Investigations on Bengal jail dietaries - Number 37
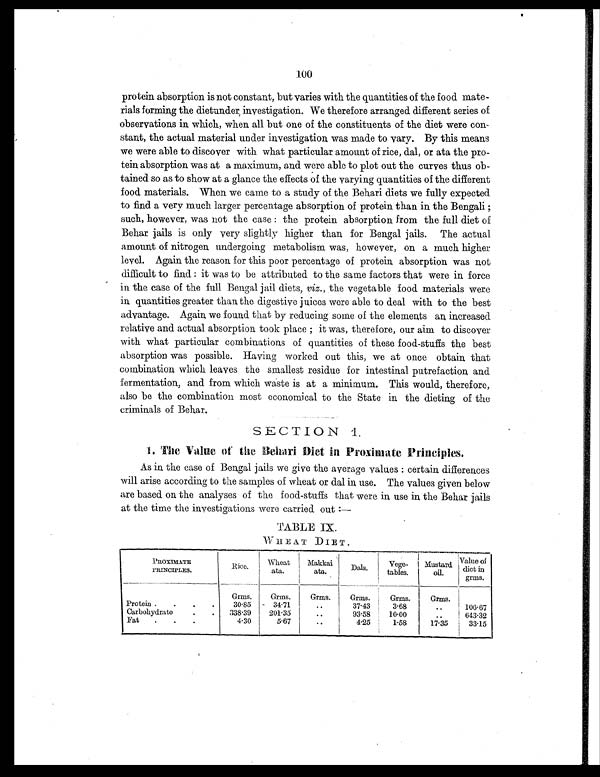
100
protein absorption is not constant, but varies with the quantities of the food mate-
rials forming the dietunder investigation. We therefore arranged different series of
observations in which, when all but one of the constituents of the diet were con-
stant, the actual material under investigation was made to vary. By this means
we were able to discover with what particular amount of rice, dal, or ata the pro-
tein absorption was at a maximum, and were able to plot out the curves thus ob-
tained so as to show at a glance the effects of the varying quantities of the different
food materials. When we came to a study of the Behari diets we fully expected
to find a very much larger percentage absorption of protein than in the Bengali ;
such, however, was not the case : the protein absorption from the full diet of
Behar jails is only very slightly higher than for Bengal jails. The actual
amount of nitrogen undergoing metabolism was, however, on a much higher
level. Again the reason for this poor percentage of protein absorption was not
difficult to find : it was to be attributed to the same factors that were in force
in the case of the full Bengal jail diets, viz., the vegetable food materials were
in quantities greater than the digestive juices were able to deal with to the best
advantage. Again we found that by reducing some of the elements an increased
relative and actual absorption took place ; it was, therefore, our aim to discover
with what particular combinations of quantities of these food-stuffs the best
absorption was possible. Having worked out this, we at once obtain that
combination which leaves the smallest residue for intestinal putrefaction and
fermentation, and from which waste is at a minimum. This would, therefore,
also be the combination most economical to the State in the dieting of the
criminals of Behar.
SECTION 1.
1. The Value of the Behari Diet in Proximate Principles.
As in the case of Bengal jails we give the average values : certain differences
will arise according to the samples of wheat or dal in use. The values given below
are based on the analyses of the food-stuffs that were in use in the Behar jails
at the time the investigations were carried out :
—
TABLE IX.
WHEAT DIET.
PROXIMATE
PRINCIPLES.
Rice.
Wheat
ata.
Makkai
ata.
Dals.
Vege-
tables.
Mustard
oil.
Value of
diet in.
grms.
Grms.
Grms.
Grms.
Grms.
Grms.
Grms.
Protein .
.
.
.
30.85
34.71
..
37.43
3.68
..
106.67
Carbohydrate
.
. 338.39
201.35
..
93.58
10.00
. .
643.32
Fat
. .
.
4.30
5.67
..
4.25
1.58
17.35
33.15